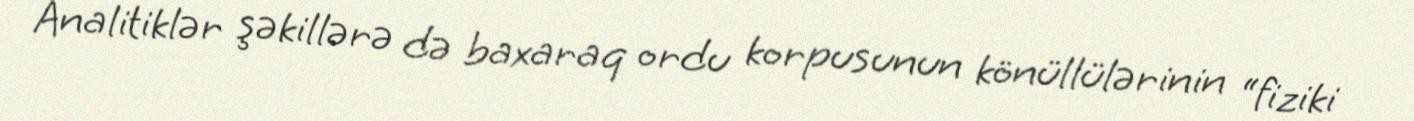
Analitiklər şəkillərə də baxaraq ordu korpusunun könüllülərinin “fiziki